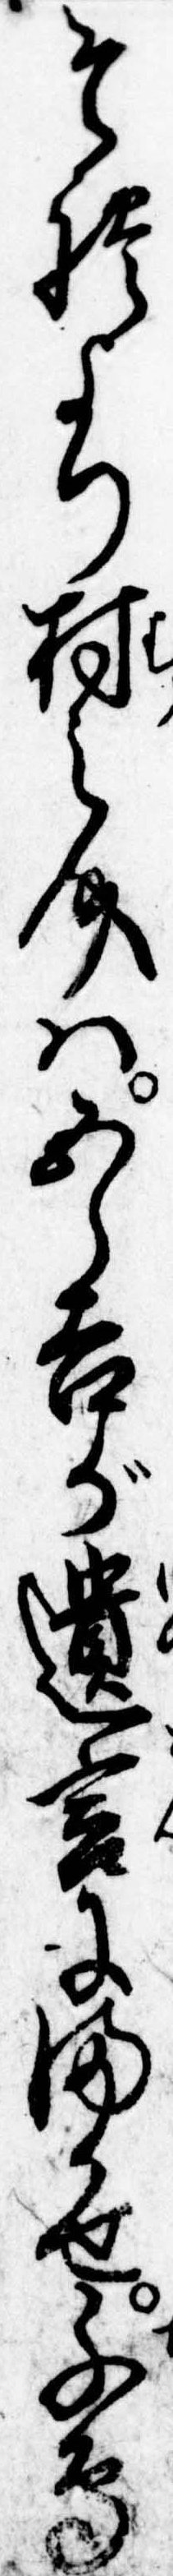
それより村之介は五郎吉が遺言にまかせ千鳥